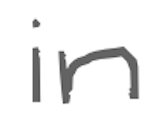
Text: in
Cross-out: clean
Writing tool: digital_gray